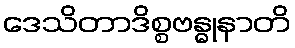
ဒေသိတာဒိစ္စဗန္ဓုနာတိ